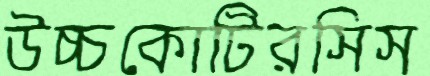
উচ্চকোটিরসিস